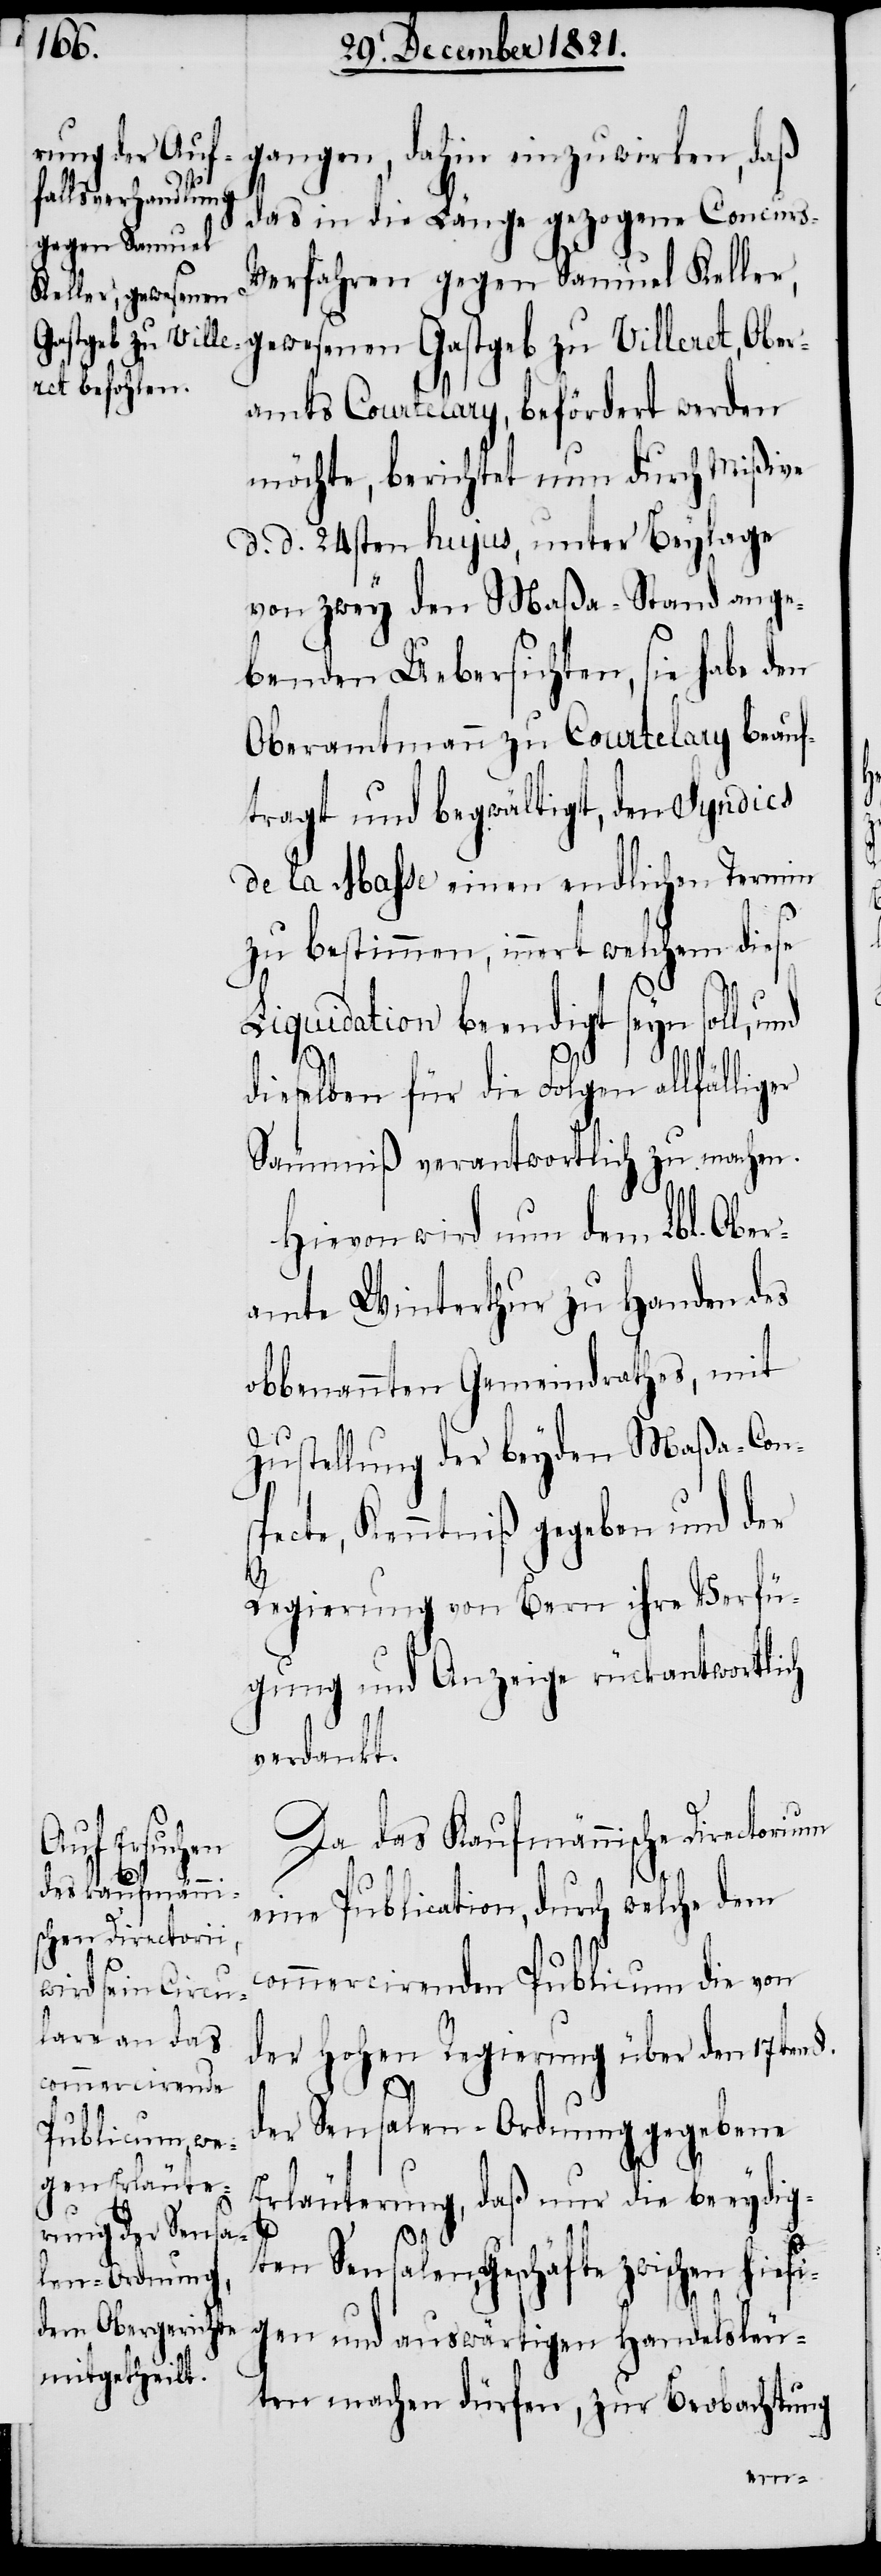
gangen, dahin einzuwirken, daß
das in die Länge gezogene Concurs-V¬
erfahren gegen Samuel Keller,
gewesener Gastgeb zu Villeret, Ober¬
amts Courtelary, befördert werden
möchte, berichtet nun durch Mißive
d. d. 24sten hujus, unter Beylage
von zwey den Maßa-Stand ange¬
benden Uebersichten, sie habe den
Oberamtmann zu Courtelary beauf¬
tragt und begwältigt, den Syndics
de la Maße einen endlichen Termin
zu bestimmen, innert welchem diese
Liquidation beendigt seyn soll, u¬
nd
dieselben für die Folgen allfälliger
Säumniß verantwortlich zu machen.
Hievon wird nun dem Lbl. Ober¬
amte Winterthur zu Handen des
obbenannten Gemeindrathes, mit
§.
Zustellung der beyden Maßa-Con¬
specte, Kenntniß gegeben und der
Regierung von Bern ihre Verfü¬
gung und Anzeige rückantwortlich
verdankt.
Da das Kaufmännische Directorium
Handelsleu¬
eine Publication, durch welche dem
commercirenden Publicum die von
der Hohen Regierung über den 17ten
der Sensalen-Ordnung gegebene
Erläuterung, daß nur die beeydig¬
ten Sensalen, Geschäfte zwischen hiesig¬
ten machen dürfen, zur Beobachtung